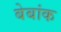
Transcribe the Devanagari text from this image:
बेबांक